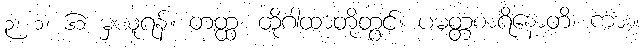
၃၊ ၁၊ ၆၁ မှယူရန်။ တတ္ထ၊ ထိုဂါထာတို့တွင်။ ပမတ္တစာရိနောတိ၊ ကား။